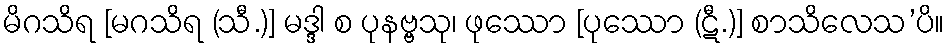
မိဂသိရ [မဂသိရ (သီ.)] မဒ္ဒါ စ ပုနဗ္ဗသု၊ ဖုဿော [ပုဿော (ဋီ.)] စာသိလေသ’ပိ။